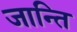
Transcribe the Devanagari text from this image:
जान्ति